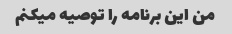
من این برنامه را توصیه میکنم